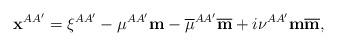
LaTeX: \begin{align*}\mathbf{x}^{AA^{\prime}}=\xi^{AA^{\prime}}-\mu^{AA^{\prime}}\mathbf{m}-\overline{\mu}^{AA^{\prime}}\overline{\mathbf{m}}+i\nu^{AA^{\prime}}\mathbf{m}\overline{\mathbf{m}},\end{align*}